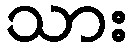
သား